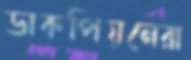
ডাকপিয়নেরা